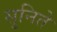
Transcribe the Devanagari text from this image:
सुनिते